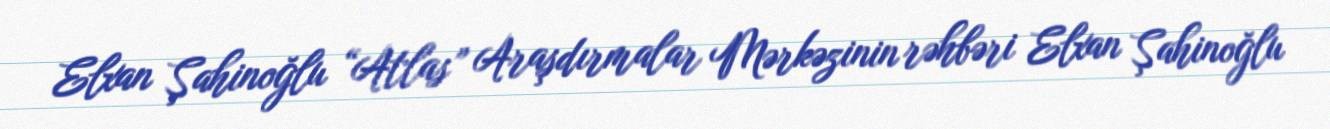
Elxan Şahinoğlu “Atlas” Araşdırmalar Mərkəzinin rəhbəri Elxan Şahinoğlu